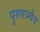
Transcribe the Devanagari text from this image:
पुरुषञ्चैव